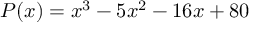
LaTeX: P ( x ) = x ^ { 3 } - 5 x ^ { 2 } - 1 6 x + 8 0